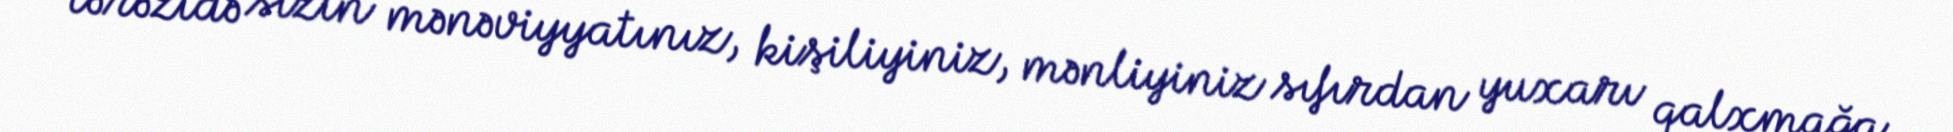
tərəzidə sizin mənəviyyatınız, kişiliyiniz, mənliyiniz sıfırdan yuxarı qalxmağa